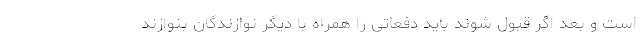
است و بعد اگر قبول شوند باید دفعاتی را همراه با دیگر نوازندگان بنوازند